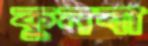
কুনবা